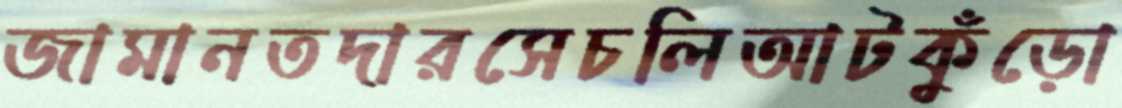
জামানতদারসেচলিআটকুঁড়ো